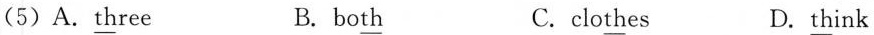
(5)A.\underline{th}ree B. bo\underline{th} C.clo\underline{th}es D. \underline{th}ink